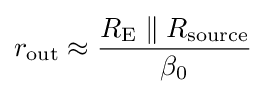
r_{\text{out}}\approx {\frac {R_{\text{E}}\parallel R_{\text{source}}}{\beta _{0}}}